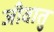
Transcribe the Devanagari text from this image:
जीवातु